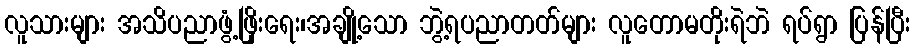
လူသားများ အသိပညာဖွံ့ဖြိုးရေး၊အချို့သော ဘွဲ့ရပညာတတ်များ လူတောမတိုးရဲဘဲ ရပ်ရွာ ပြန်ပြီး